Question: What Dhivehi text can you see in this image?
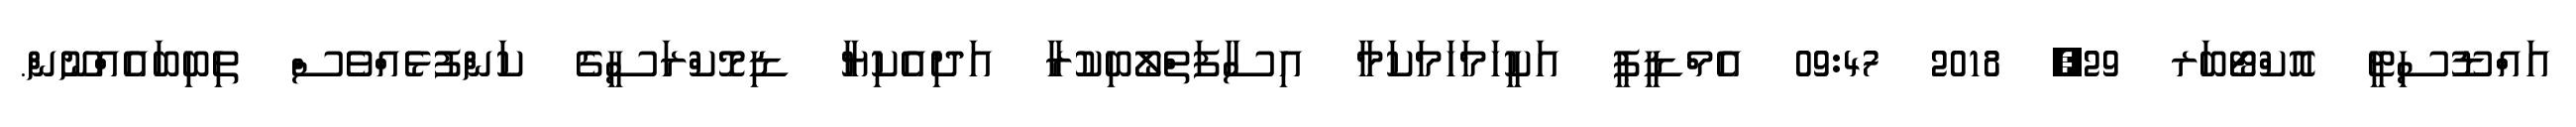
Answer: އައްޑޫސިޓީ އޮކްޓޯބަރ 29, 2018 09:47 އެމްޑީޕީ އަކީހަމަހަމަކަމާ އިސާފަތްލޯބިކުރާ އަދިއެކިޔާ ޑިމޮކްރަސީގެ ކަންފުޅެއްވެސް ތިބިބައެއްނޫން.